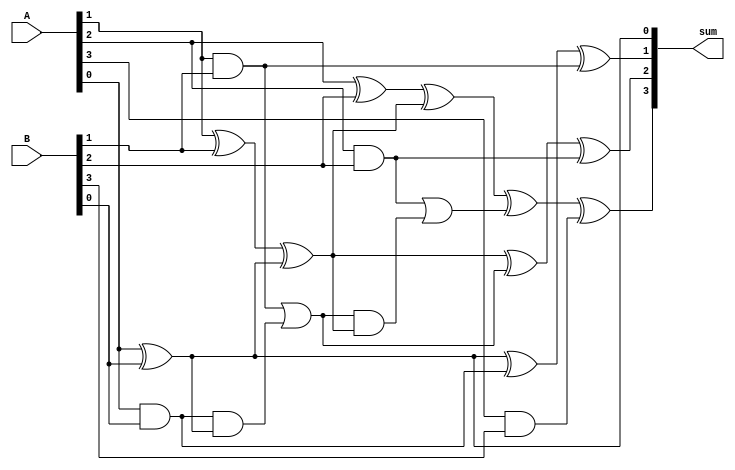
module BrentKungAdder (
    input wire [3:0] A,
    input wire [3:0] B,
    output wire [3:0] sum
);

wire [3:0] G, P;

assign G[0] = A[0] & B[0];
assign P[0] = A[0] ^ B[0];

assign G[1] = (A[1] & B[1]) | (G[0] & P[0]);
assign P[1] = A[1] ^ B[1] ^ P[0];

assign G[2] = (A[2] & B[2]) | (G[1] & P[1]);
assign P[2] = A[2] ^ B[2] ^ P[1];

assign G[3] = (A[3] & B[3]) | (G[2] & P[2]);
assign P[3] = A[3] ^ B[3] ^ P[2];

assign sum[0] = A[0] ^ B[0];
assign sum[1] = P[0] ^ G[0] ^ (A[1] & B[1]);
assign sum[2] = P[1] ^ G[1] ^ (A[2] & B[2]);
assign sum[3] = P[2] ^ G[2] ^ (A[3] & B[3]);

endmodule